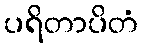
ပရိတာပိတံ